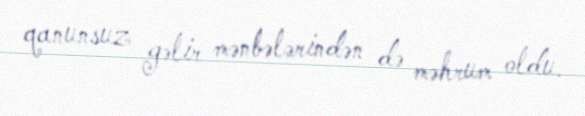
qanunsuz gəlir mənbələrindən də məhrum oldu.